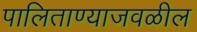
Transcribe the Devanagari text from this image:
पालिताण्याजवळील